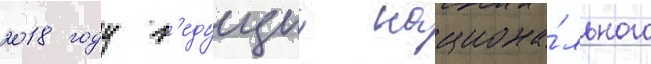
2018 году в'едущии национа́льного